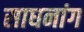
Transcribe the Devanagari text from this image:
साधनांग